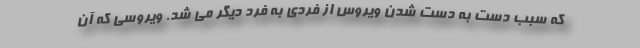
که سبب دست به دست شدن ویروس از فردی به فرد دیگر می شد. ویروسی که آن